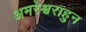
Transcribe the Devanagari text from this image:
अमरेश्वराहुन